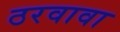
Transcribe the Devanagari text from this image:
ठरवावा